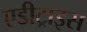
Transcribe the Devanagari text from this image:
एडीट्राइस